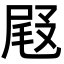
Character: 𡲋